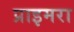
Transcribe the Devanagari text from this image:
प्राइमरा